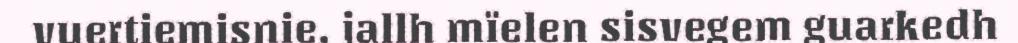
vuertiemisnie, jallh mïelen sisvegem guarkedh